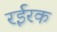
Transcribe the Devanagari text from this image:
रईरक